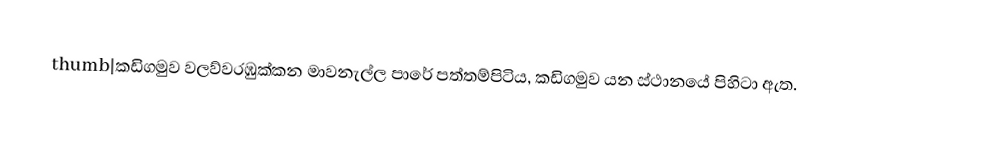
thumb|කඩිගමුව වලව්වරඹුක්කන මාවනැල්ල පාරේ පත්තම්පිටිය, කඩිගමුව යන ස්ථානයේ පිහිටා ඇත.